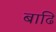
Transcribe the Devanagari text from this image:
बाढि